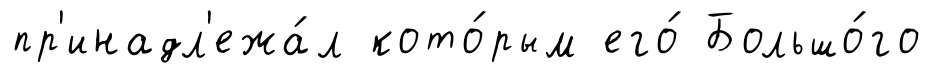
пр'инадл'ежа́л кото́рым его́ Большо́го